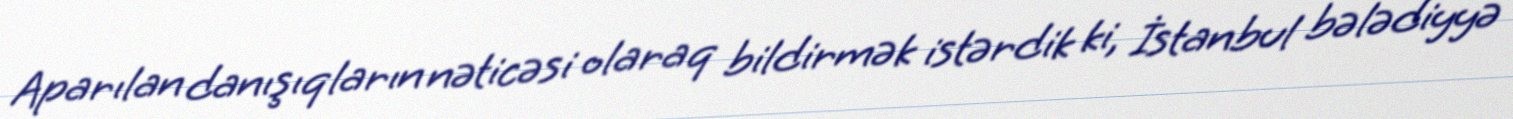
Aparılan danışıqların nəticəsi olaraq bildirmək istərdik ki, İstanbul bələdiyyə